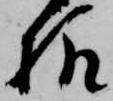
様